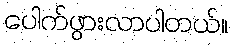
ပေါက်ဖွားလာပါတယ်။